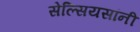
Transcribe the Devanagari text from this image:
सेल्सियसांनी